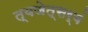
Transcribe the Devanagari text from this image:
त्यजेत्सर्वं